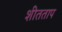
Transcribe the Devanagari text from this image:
शीतताप